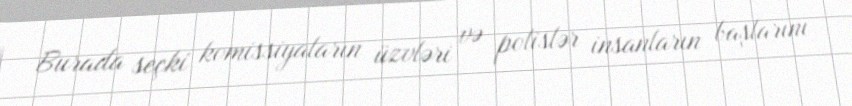
Burada seçki komissiyaların üzvləri və polislər insanların başlarını